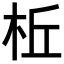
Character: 𪲀